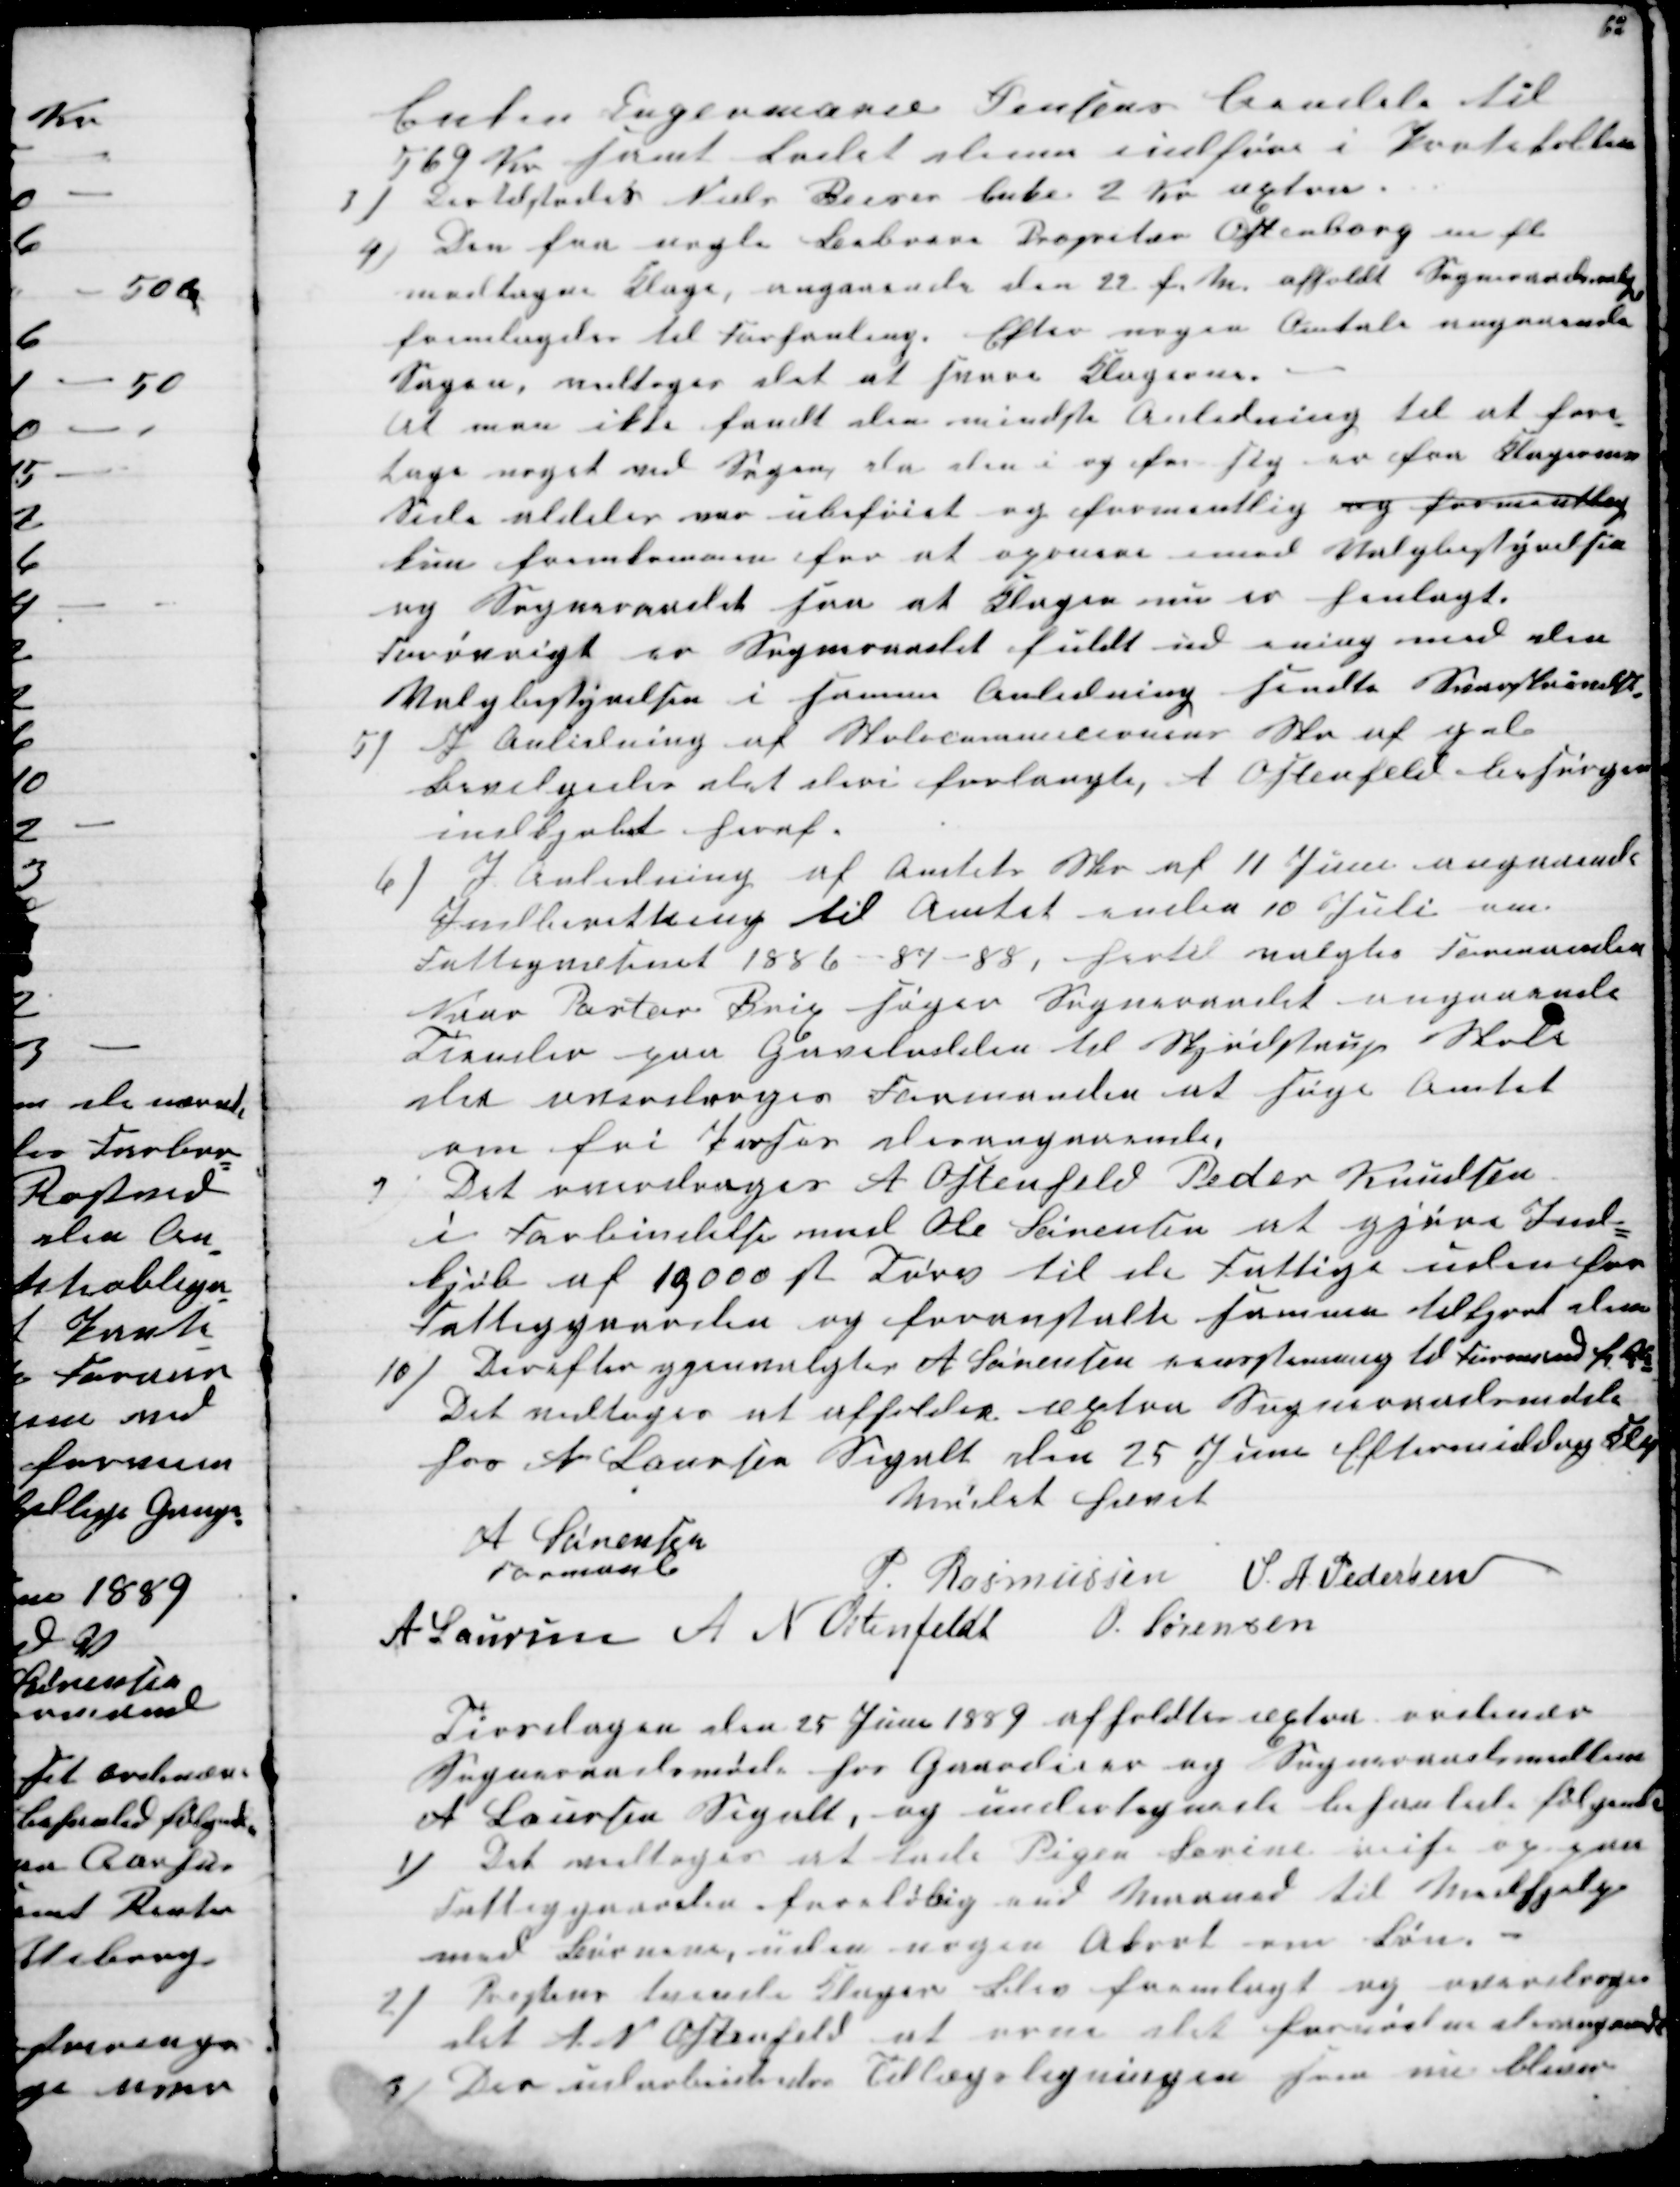
Transskription:
Enken Engermarie Jensens Eiendele til
569 Kr samt ladet denne indføre i Protokollen
3) Der tilstodes Niels Beises Enke 2 Kr æxtra.
4) Den fra nogle Beboere Propritær Ostenborg m fl.
modtagne Klage, angaaende den 22 f. M. afholdt Sogneraadsvalg
fremlagedes til Forhanling. Efter nogen Omtale angaaende
Sagen, vedtoges det at svare Klagerne.
At man ikke fandt den mindste Anledning til at fore-
tage noget ved Sagen, da den i og for sig er fra Klagerens
Side aldeles var ubeføiet og formentlig og formentlig
kun fremkommen for at opunere imod Valgbestyrelsen
og Sogneraadet saa at Klagen nu er henlagt.
Forøvrigt er Sognraadet fuldt ud ening med den
Valgbestyrelsen i samme Anledning sendte Svarskrivelse.
5) I Anledning af Skolecommisionens Skr af g d
bevilgedes det deri forlangte, A Ostenfeld besørger
indkjøbet heraf.
6) I Anledning af Amtets Skr af 11 Juni angaaende
Indberettning til Amtet inden 10 Juli om
Fattigvæsenet 1886-87-88, hertil valgtes Formanden
Naar Pastor Brix søger Sogneraadet angaaende
Tiender paa Gavelodden til Skjødstrup Skole
der overdroges Formanden at søge Amtet
om fri Proses desangaaende,
7
Det overdroges A Ostenfeld Peder Knudsen
i Forbindelse med Ole Sørensen at gjøre Ind-
kjøb af 19000 st Tørv til de Fattige uden for
Fattiggaarden og foranstalte samme tilkjørt dem
10) Derefter gjenvalgtes A Sørensen eensstemmig til Formand 
Det vedtoges at afholde æxtra Sogneraadsmøde
hos A. Laursen Segalt den 25 Juni Eftermiddag Kl 4
Mødet hævet
A Sørensen
Formand
P. Rasmussen S. A. Pedersen
A Laursen A N Ostenfeldt O. Sørensen
Tirsdagen den 25 Juni 1889 afholdtes æxtra ordinær
Sogneraadsmøde hos Gaardeier og Sogneraadsmedlem
A Laursen Segalt, og undertegnede behanlede følgende
1) Det vedtoges at lade Pigen Sørine reise op paa
Fattiggaarden foreløbig end Maaned til Medhjelp
med Børnene, uden nogen Akort om Løn.
2) Præstens tvende Klager blev fremlagt og overdroges
det  A.N Ostenfeld at orne det fornødne desangaaende
3) Der udarbeidedes Tillægsligningen som nu bliver